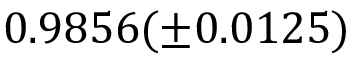
0 . 9 8 5 6 ( \pm 0 . 0 1 2 5 )